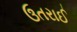
ઉતરાઈ